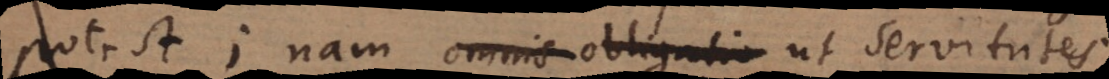
potest; nam omnis obligatio ut servitutes